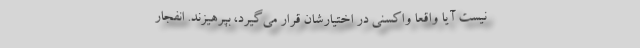
نیست آیا واقعا واکسنی در اختیارشان قرار می‌گیرد، بپرهیزند. انفجار